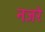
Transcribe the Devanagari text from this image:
नजरे